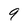
Character: 9